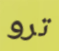
ترو